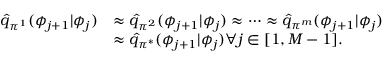
\begin{array} { r l } { \hat { q } _ { \pi ^ { 1 } } ( \phi _ { j + 1 } | \phi _ { j } ) } & { \approx \hat { q } _ { \pi ^ { 2 } } ( \phi _ { j + 1 } | \phi _ { j } ) \approx \cdots \approx \hat { q } _ { \pi ^ { m } } ( \phi _ { j + 1 } | \phi _ { j } ) } \\ & { \approx \hat { q } _ { \pi ^ { * } } ( \phi _ { j + 1 } | \phi _ { j } ) \forall j \in [ 1 , M - 1 ] . } \end{array}